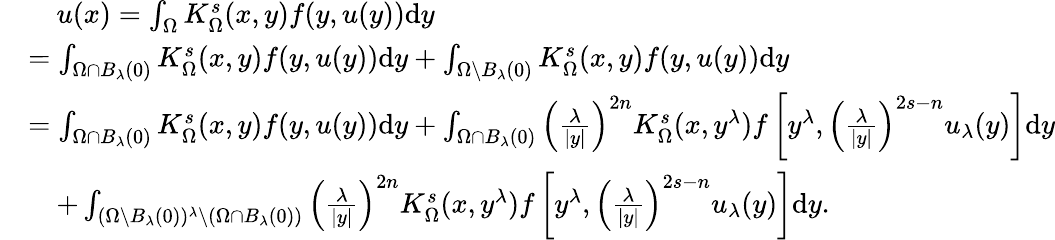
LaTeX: \begin{array}{rl}&{\quad u(x)=\int_{\Omega}K_{\Omega}^{s}(x,y)f(y,u(y))\mathrm dy}\\ &{=\int_{\Omega\cap B_{\lambda}(0)}K_{\Omega}^{s}(x,y)f(y,u(y))\mathrm{d}y+\int_{\Omega\setminus B_{\lambda}(0)}K_{\Omega}^{s}(x,y)f(y,u(y))\mathrm dy}\\ &{=\int_{\Omega\cap B_{\lambda}(0)}K_{\Omega}^{s}(x,y)f(y,u(y))\mathrm dy+\int_{\Omega\cap B_{\lambda}(0)}{\left(\frac{\lambda}{|y|}\right)}^{2n}K_{\Omega}^{s}(x,y^{\lambda})f\left[y^{\lambda},{\left(\frac{\lambda}{|y|}\right)}^{2s-n}u_{\lambda}(y)\right]\mathrm dy}\\ &{\quad+\int_{(\Omega\setminus B_{\lambda}(0))^{\lambda}\setminus(\Omega\cap B_{\lambda}(0))}{\left(\frac{\lambda}{|y|}\right)}^{2n}K_{\Omega}^{s}(x,y^{\lambda})f\left[y^{\lambda},{\left(\frac{\lambda}{|y|}\right)}^{2s-n}u_{\lambda}(y)\right]\mathrm dy.}\end{array}